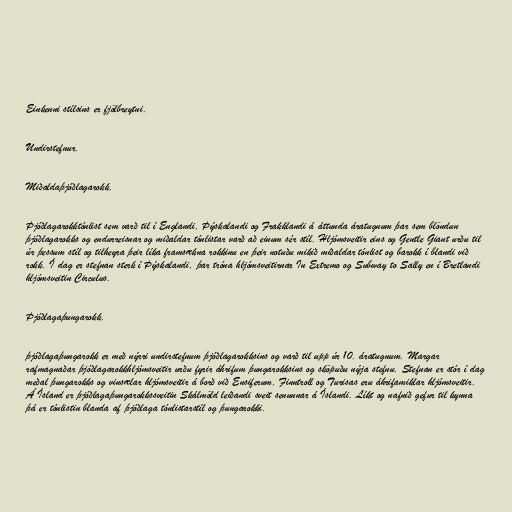
Einkenni stílsins er fjölbreytni.

Undirstefnur.

Miðaldaþjóðlagarokk.

Þjóðlagarokktónlist sem varð til í Englandi, Þýskalandi og Frakklandi á áttunda áratugnum þar sem blöndun
þjóðlagarokks og endurreisnar og miðaldar tónlistar varð að einum sér stíl. Hljómsveitir eins og Gentle Giant urðu til
úr þessum stíl og tilheyra þeir líka framsækna rokkinu en þeir notuðu mikið miðaldar tónlist og barokk í blandi við
rokk. Í dag er stefnan sterk í Þýskalandi, þar tróna hljómsveitirnar In Extremo og Subway to Sally en í Bretlandi
hljómsveitin Circulus.

Þjóðlagaþungarokk.

þjóðlagaþungarokk er með nýrri undirstefnum þjóðlagarokksins og varð til upp úr 10. áratugnum. Margar
rafmagnaðar þjóðlagarokkhljómsveitir urðu fyrir áhrifum þungarokksins og sköpuðu nýja stefnu. Stefnan er stór í dag
meðal þungarokks og vinsælar hljómsveitir á borð við Ensiferum, Finntroll og Turisas eru áhrifamiklar hljómsveitir.
Á Ísland er þjóðlagaþungarokkssveitin Skálmöld leiðandi sveit senunnar á Íslandi. Líkt og nafnið gefur til kynna
þá er tónlistin blanda af þjóðlaga tónlistarstíl og þungarokki.